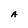
Character: A